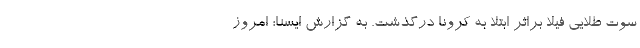
سوت طلایی فیلا براثر ابتلا به کرونا درگذشت. به گزارش ایسنا؛ امروز